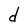
Character: d